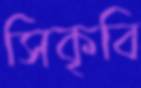
সিকৃবি